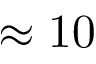
\approx 1 0